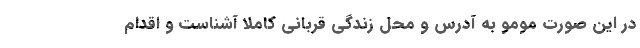
در این صورت مومو به آدرس و محل زندگی قربانی کاملاً آشناست و اقدام